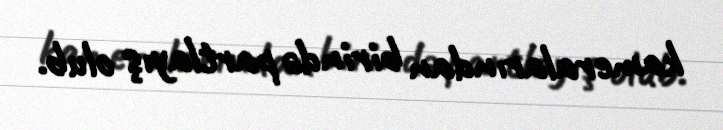
kameralarından birində partlayış olub.